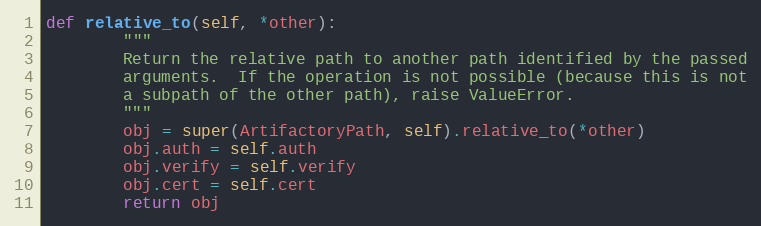
Language: Python
def relative_to(self, *other):
        """
        Return the relative path to another path identified by the passed
        arguments.  If the operation is not possible (because this is not
        a subpath of the other path), raise ValueError.
        """
        obj = super(ArtifactoryPath, self).relative_to(*other)
        obj.auth = self.auth
        obj.verify = self.verify
        obj.cert = self.cert
        return obj